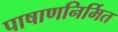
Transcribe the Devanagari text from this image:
पाषाणनिर्मित